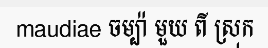
maudiae ចម្ប៉ា មួយ ពី ស្រុក